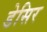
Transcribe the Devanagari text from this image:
डेसिर